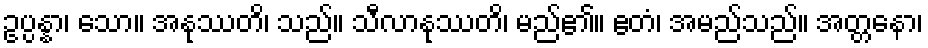
ဥပ္ပန္နာ၊ သော။ အနုဿတိ၊ သည်။ သီလာနုဿတိ၊ မည်၏။ ဧတံ၊ အမည်သည်။ အတ္တနော၊